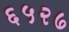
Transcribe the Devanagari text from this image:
६५२७